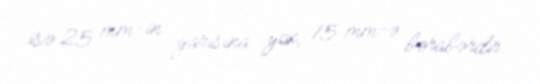
isə 25 mm-in yarısına yox, 15 mm-ə bərabərdir.